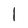
Character: l